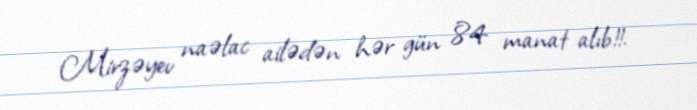
Mirzəyev naəlac ailədən hər gün 84 manat alıb!!.